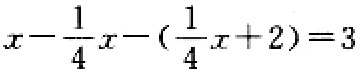
\(x-\frac{1}{4}x-(\frac{1}{4}x + 2)=3\)